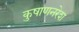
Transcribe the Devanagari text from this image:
कुषाणनरेश